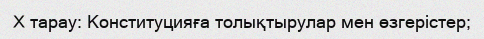
X тарау: Конституцияға толықтырулар мен өзгерістер;